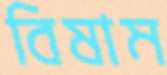
বিষাম